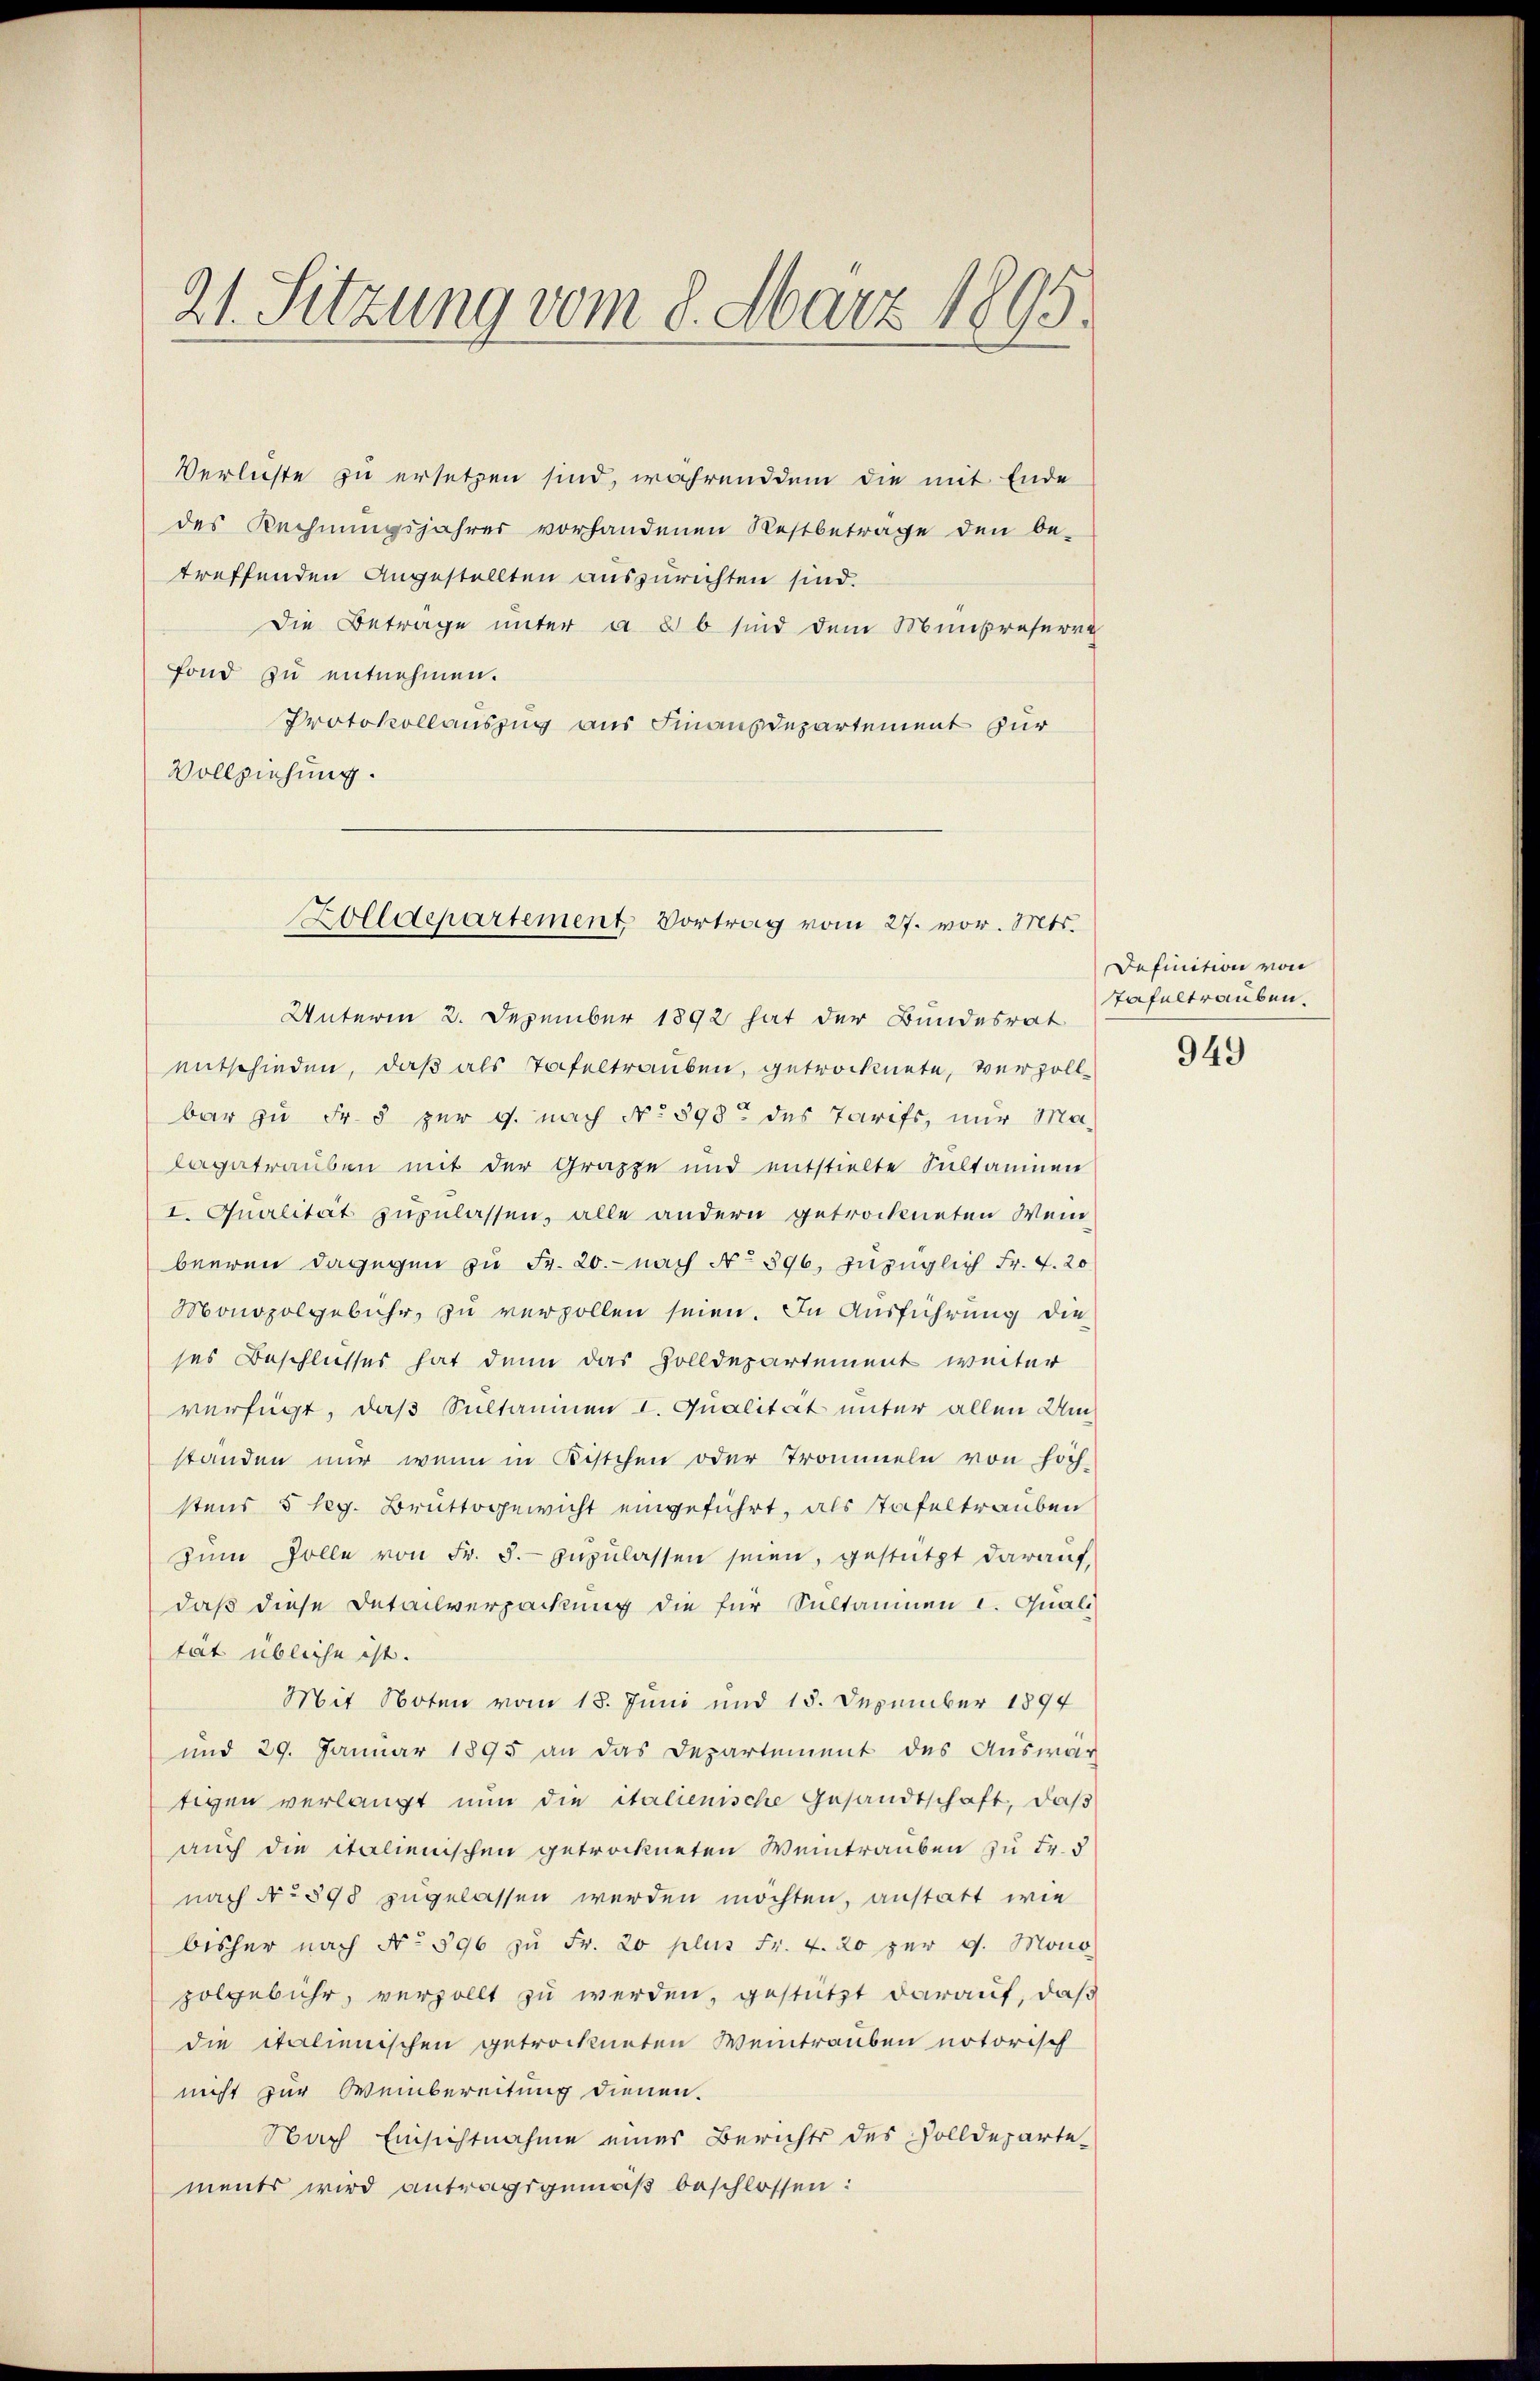
21. Sitzung vom 8. März 1895.

Verlieste zu ersetzen sind, währenddem die mit Ende
des Rechnungsjahres vorhandenen Restbetrage den be-
treffenden Angestellten auszurichten sind.
Die Beträge unter a. 2 b sind dem Minpreserre
fond zu entnehmen.
Protokollauszug aus Finanzdepartement zur
Vollziehung.

Zolldepartement Vortrag vom 27. vor. Mts.

Unterm 2. Dezember 1892 hat der Bundesrat
entschieden, daß als Tafeltrauben, getrocknete, verzoll
bar zu Fr. 5 zur g. nach No 898 des Tarifs, nur Ma-
lagetrauben mit der Gruppe und entstielte Sultaninen
I. Qualität zuzulassen, alle andern getrockneten Weinbeeren dagegen zu Fr. 20. nach No 896. Inzüglich Fr. f. 20
Monopolgebühr, zu verzollen seien. In Ausführung die
ses Beschlusses hat denn das Zolldepartement weiter
verfügt, daß Sultaninen I. Qualität unter allen Umstanden nur wenn in Kistchen oder Trommeln von höch
stens 5 leg. Bruttogewicht eingeführt, als Tafeltrauben
zŭm Zolle von Fr. 5.- zŭzŭlassen seien, gestützt darauf,
daß diese Detailverpackung die für Sultaninen u. Quali
tät übliche ist.
Mit Noten vom 18. Juni und 15. Dezember 1894
und 29. Januar 1895 an das Departement des Auswär
tigen verlangt nun die italienische Gesandtschaft, daß
auch die italienischen getrockneten Weintrauben zu Fr. 5
nach No 898 zugelassen werden möchten, anstatt wie
bisher nach No. 596 zŭ Fr. 20 plus Fr. 4. 20 per 9. Mono
zolgebühr, verzollt zu werden, gestützt darauf, daß
die italienischen getrockneten Weintrauben notorisch
nicht zur Weinbereitung dienen.
Nach Einsichtnahme eines Berichts des Zolldepartements wird antragsgemäß beschlossen:

Definition von
Tafeltrauben.

949